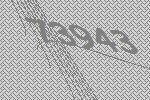
73943